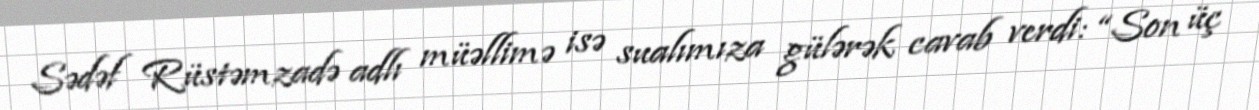
Sədəf Rüstəmzadə adlı müəllimə isə sualımıza gülərək cavab verdi: “Son üç